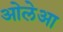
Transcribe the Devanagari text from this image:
ओलेआ